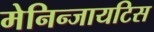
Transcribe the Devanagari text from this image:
मेनिन्जायटिस